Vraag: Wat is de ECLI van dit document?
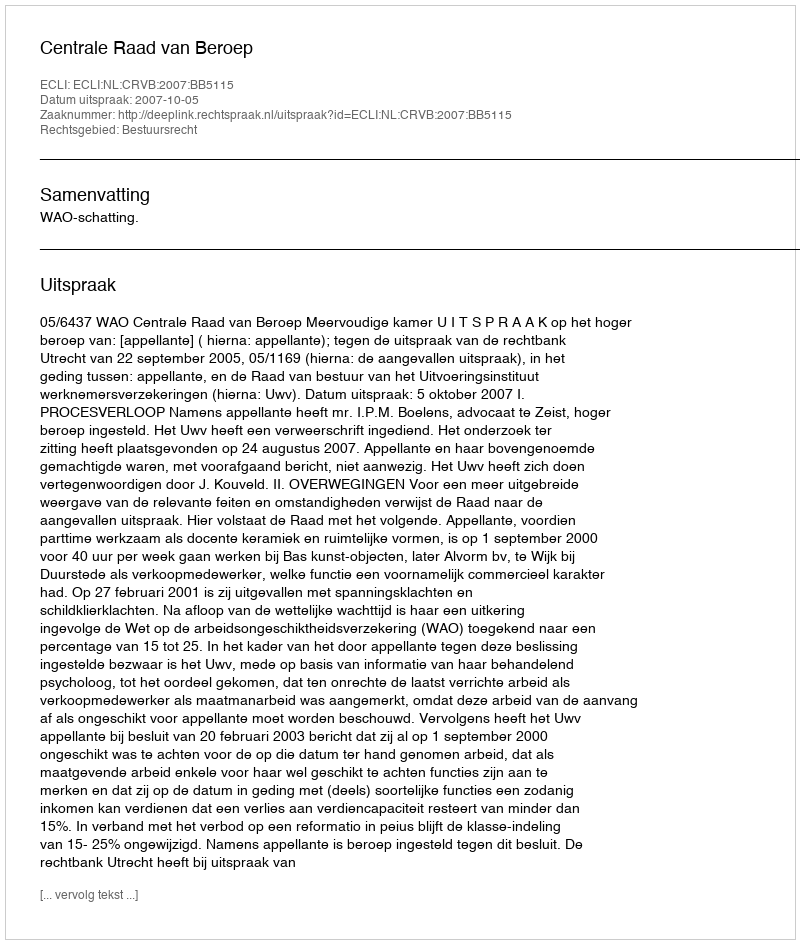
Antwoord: ECLI:NL:CRVB:2007:BB5115